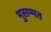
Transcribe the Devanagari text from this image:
मुसम्मत